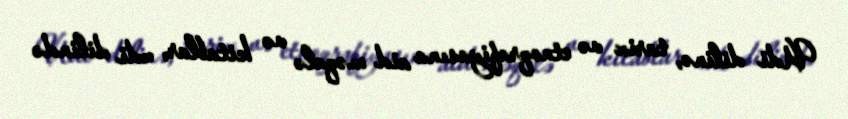
Udi dilinə, tarix və etnoqrafiyasına aid məqalə və kitablar, udi dilində